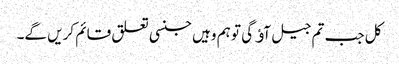
کل جب تم جیل آﺅ گی تو ہم وہیں جنسی تعلق قائم کریں گے۔